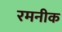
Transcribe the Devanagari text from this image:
रमनीक